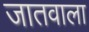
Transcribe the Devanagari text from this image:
जातवाला